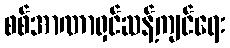
စစ်အာဏာရှင်ဆန့်ကျင်ရေး